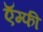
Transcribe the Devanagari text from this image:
ऍम्‍फी